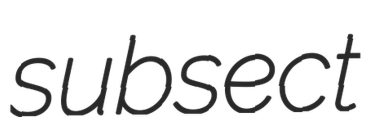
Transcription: subsect